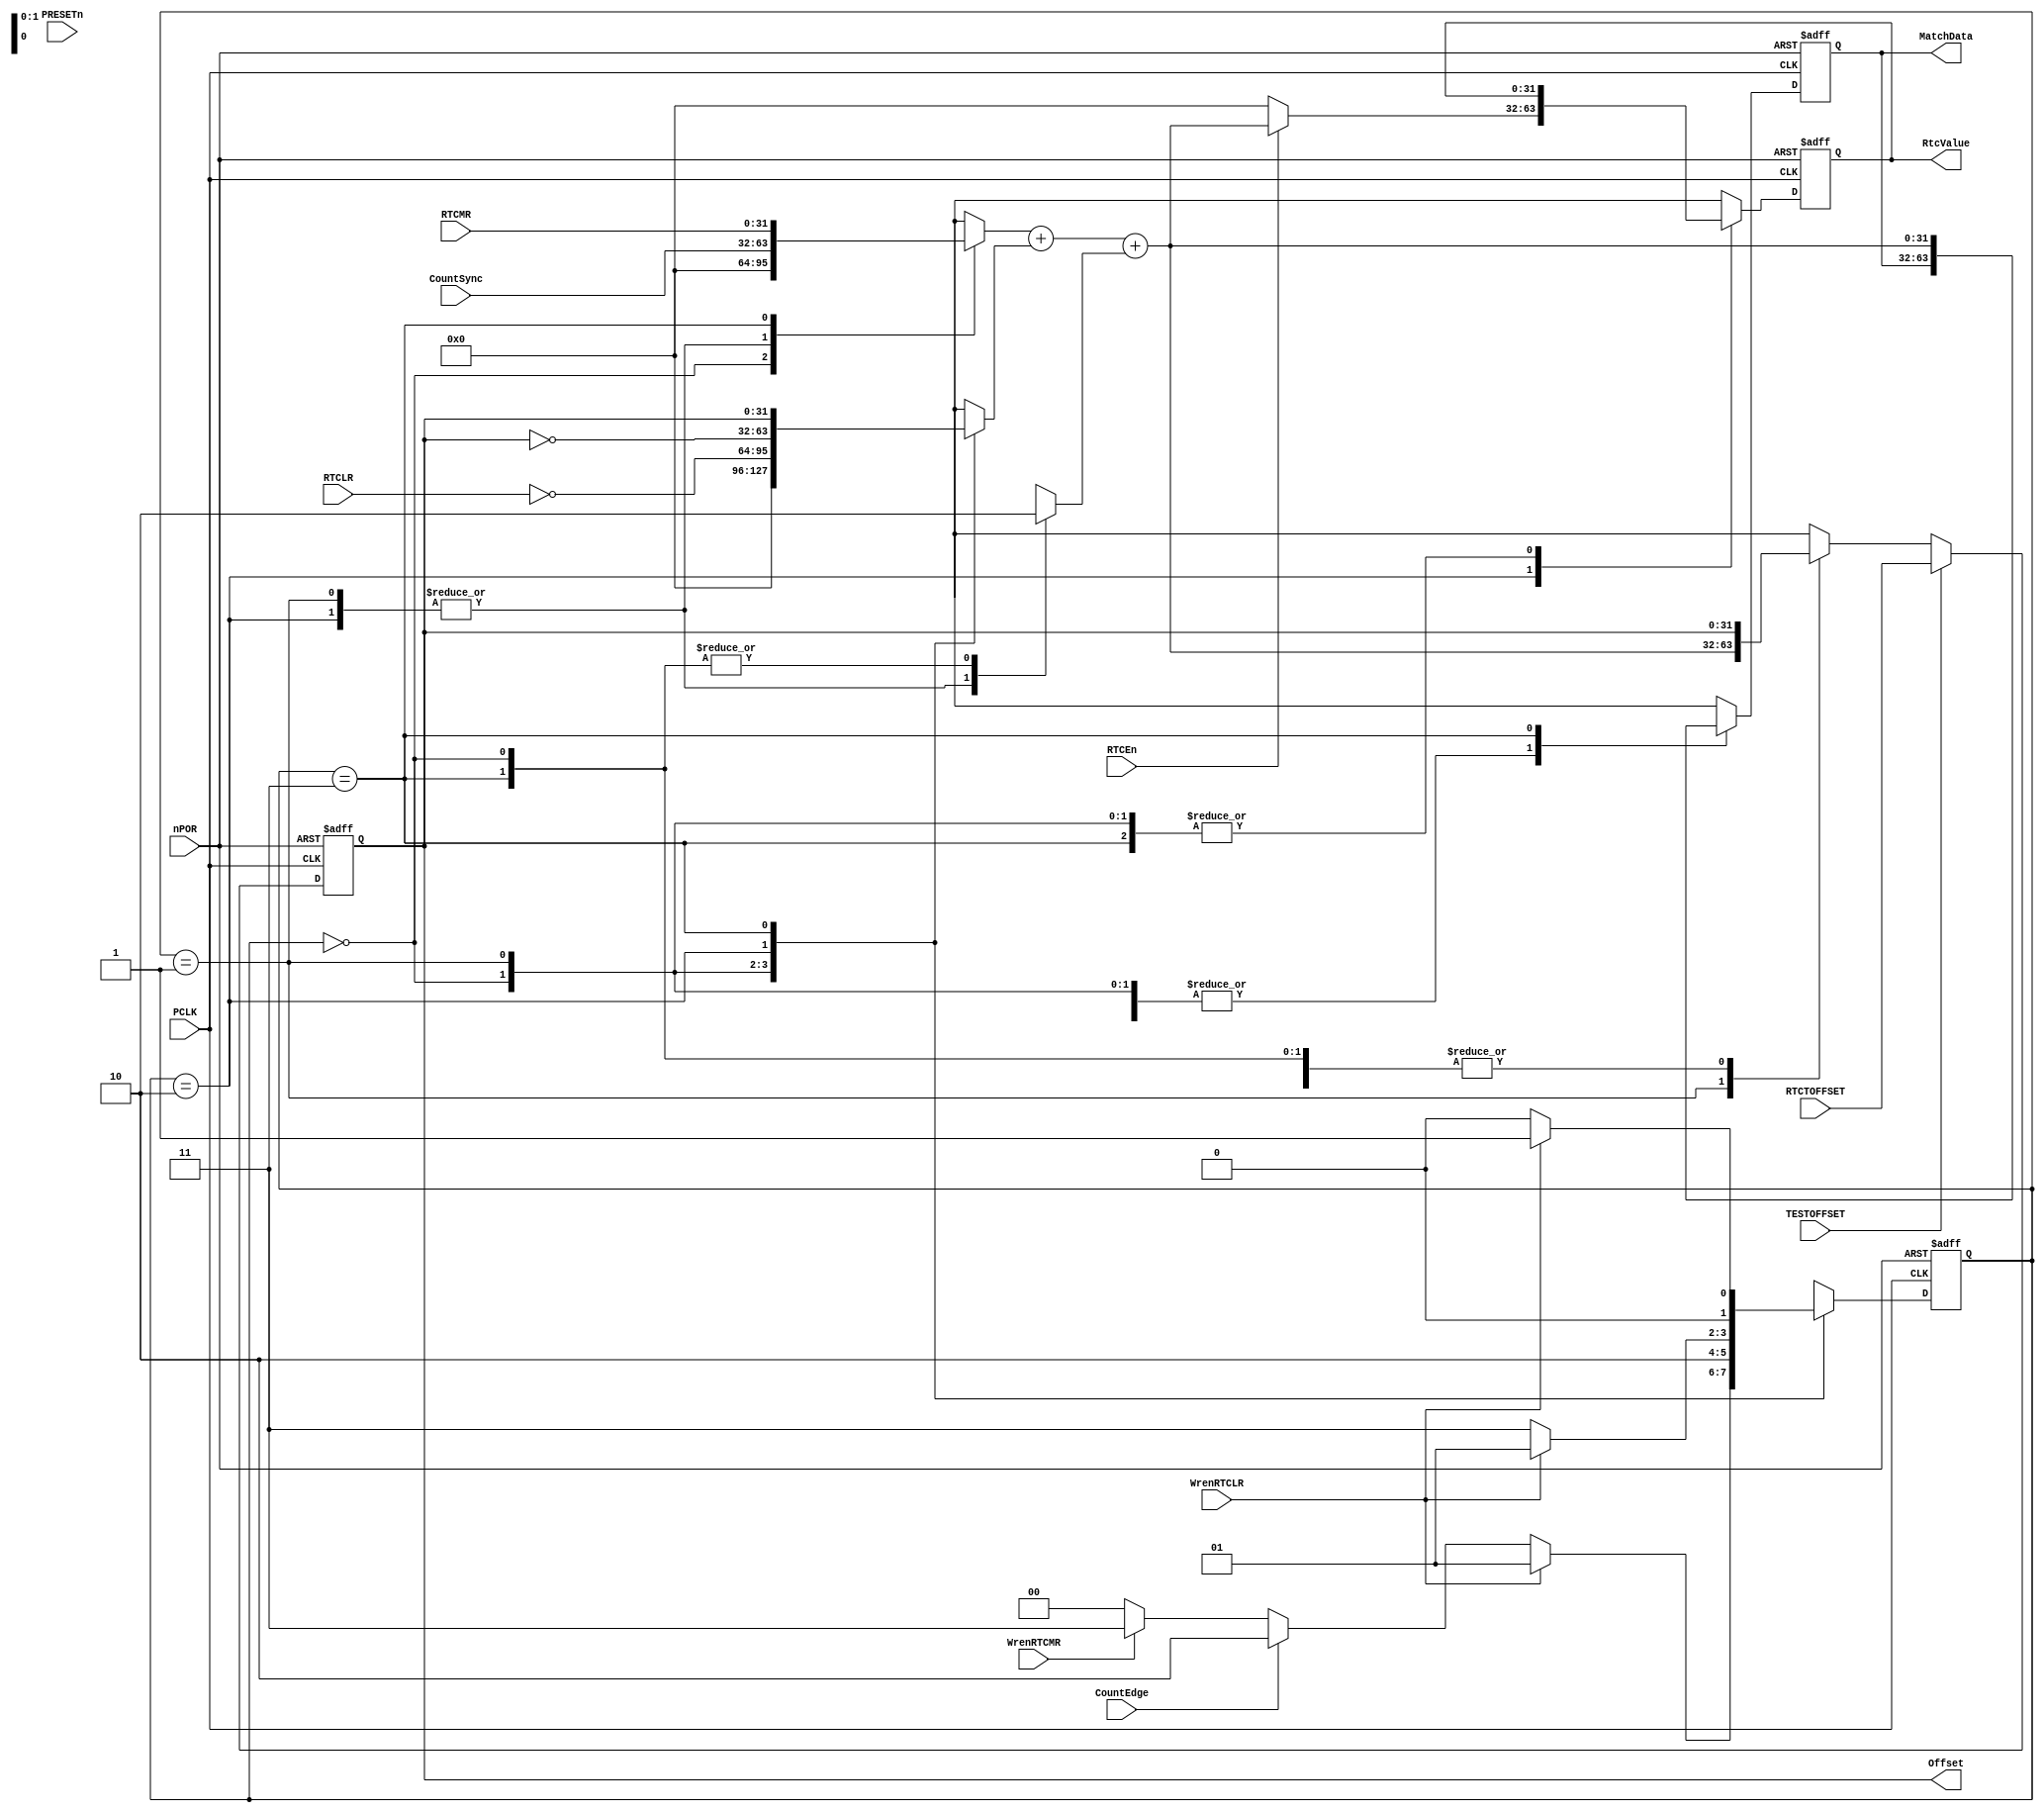
//  ----------------------------------------------------------------------------
//  This confidential and proprietary software may be used only
//  as authorised by a licensing agreement from ARM Limited
//  (C) COPYRIGHT 2001 ARM Limited
//  ALL RIGHTS RESERVED
//  The entire notice above must be reproduced on all authorised copies
//  and copies may only be made to the extent permitted by a
//  licensing agreement from ARM Limited.
//  ----------------------------------------------------------------------------
//
//  Version and Release Control Information :
//
//
//
//  File Revision       : 1.10
//
//  Release Information : PrimeCell(TM)-PL031-REL1v0
//
//------------------------------------------------------------------------------
// Purpose : This block contains the update logic for the RTC
//
//------------------------------------------------------------------------------


`timescale 1ns/1ps


module RtcUpdate (
                // Inputs
                  PCLK,
                  PRESETn,
                  nPOR,
                  CountSync,
                  RTCMR,
                  RTCLR,
                  RTCTOFFSET,
                  TESTOFFSET,
                  RTCEn,
                  WrenRTCLR,
                  WrenRTCMR,
                  CountEdge,
                // Outputs
                  RtcValue,
                  Offset,
                  MatchData
                  );


input         PCLK;           // APB clock
input         PRESETn;        // AMBA reset
input         nPOR;           // Power on reset
input  [31:0] CountSync;      // Synchronised count value
input  [31:0] RTCMR;          // RTC Match register
input  [31:0] RTCLR;          // RTC Load register
input  [31:0] RTCTOFFSET;     // RTC test offset register
input         TESTOFFSET;     // Test offset enable
input         RTCEn;          // RTC enable signal
input         WrenRTCLR;      // Write enable for RTCLR
input         WrenRTCMR;      // Write enable for RTCMR
input         CountEdge;      // Counter increment signal

output [31:0] RtcValue;       // Updated RTC value
output [31:0] Offset;         // Calculated offset value
output [31:0] MatchData;      // Equivalent match value


//------------------------------------------------------------------------------
//
//                             RtcUpdate
//                             =========
//
//------------------------------------------------------------------------------
//
// Overview
// ========
// This block performs the following functions.
//
// Generation of the equivalent match value from RTCMR
//
// Generation of the Offset value as a difference between the Count value and
// the Update value (RTCLR).
//
// Generation of the absolute RTC value as a difference between the Count value
// and the Offset value.
//
//==============================================================================

//------------------------------------------------------------------------------
// Wire Declarations
//------------------------------------------------------------------------------
reg  [ 1:0] UpdateNextState; // Next state of Update next state logic
reg  [31:0] InputA;          // A input of Adder/Subtractor
reg  [31:0] InputB;          // B input of Adder/Subtractor
reg  [31:0] Sum;             // Output of Adder/Subtractor
reg         Carry;           // Carry signal for adders

//------------------------------------------------------------------------------
// Register Declarations
//------------------------------------------------------------------------------
reg [31:0] Offset;          // Offset data register
reg [31:0] RtcValue;        // Value of the Real Time Clock (RTC)
reg [31:0] MatchData;       // Equivalent match value
reg [31:0] NextOffset;      // D-input of OffsetData
reg [31:0] NextRtcValue;    // D-input of RtcValue
reg [31:0] NextMatchData;   // D-input of MatchData
reg [ 1:0] UpdateState;     // Current state of Next State logic

//------------------------------------------------------------------------------
// State machine defines
//------------------------------------------------------------------------------
`define ST_IDLE       2'b00 // Idle state, initialisations
`define ST_OFFSET     2'b01 // Offset value calculated in this state
`define ST_RTCVALUE   2'b10 // RTC value calculated in this state
`define ST_MATCHDATA  2'b11 // Matchdata calculated in this state
//------------------------------------------------------------------------------
//
// Main Verilog code
// =================
//
//------------------------------------------------------------------------------

//------------------------------------------------------------------------------
// State Transition process
//------------------------------------------------------------------------------
// UpdateState
always@(posedge PCLK or negedge nPOR)
  begin : SeqUpdateState
    if (nPOR == 1'b0)
      UpdateState <= `ST_IDLE;
    else
      UpdateState <= UpdateNextState;
  end // SeqUpdateState

// RtcValue
always@(posedge PCLK or negedge nPOR)
  begin : SeqRtcValue
    if (nPOR == 1'b0)
      RtcValue <= 32'h00000000;
    else
      RtcValue <= NextRtcValue;
  end // SeqRtcValue

// MatchData
always@(posedge PCLK or negedge nPOR)
  begin : SeqMatchData
    if (nPOR == 1'b0)
      MatchData <= 32'h00000000;
    else
      MatchData <= NextMatchData;
  end // SeqMatchData

// Offset
always@(posedge PCLK or negedge nPOR)
  begin : SeqOffset
    if (nPOR == 1'b0)
      Offset <= 32'h00000000;
    else if (TESTOFFSET == 1'b1)
           Offset <= RTCTOFFSET;
         else
           Offset <= NextOffset;
  end // SeqOffset


// Adder
always@(InputA or InputB or Carry)
  begin : CombAdder
    Sum = InputA + InputB + Carry;
  end // CombAdder


//------------------------------------------------------------------------------
// Output and Next State Logic generation
//------------------------------------------------------------------------------
always@(UpdateState or RtcValue or Offset or MatchData or CountEdge or WrenRTCLR
        or WrenRTCMR or CountSync or RTCLR or RTCEn or Sum or RTCMR)
  begin : CombUpdateState
    // Default assignments

    UpdateNextState  = UpdateState;
    NextRtcValue     = RtcValue;
    NextOffset       = Offset;
    NextMatchData    = MatchData;
    Carry            = 1'b0;


    case (UpdateState)

      `ST_IDLE :
        // Default state
        begin
          InputA = 32'h00000000;
          InputB = 32'h00000000;
          Carry = 1'b0;
          if (WrenRTCLR == 1'b1)
            UpdateNextState = `ST_OFFSET;
          else if (CountEdge == 1'b1)
            UpdateNextState = `ST_RTCVALUE;
          else if (WrenRTCMR == 1'b1)
            UpdateNextState = `ST_MATCHDATA;
          else
            UpdateNextState = `ST_IDLE;
        end // case: 2'b00

      `ST_OFFSET :
        // New load value written to RTCLR, so  new offset value calculated
        begin
          InputA   = CountSync;
          InputB   = ~RTCLR;
          Carry    = 1'b1;
          NextOffset =  Sum;
          UpdateNextState = `ST_RTCVALUE;
        end // case: 2'b01

      `ST_RTCVALUE :
        // Update RTC value either due to an increment in the counter

        begin
          InputA  = CountSync;
          InputB  = ~Offset;
          Carry   = 1'b1;
          if (RTCEn == 1'b1)
            NextRtcValue = Sum;
          else
            NextRtcValue = 32'h00000000;

          if (WrenRTCLR == 1'b1)
            UpdateNextState = `ST_OFFSET;
          else
            UpdateNextState = `ST_MATCHDATA;
        end // case: 2'b10

      `ST_MATCHDATA :
        // Update equivalent RTC Match Register value either due to a write to
        // the RTC Match Register

        begin
          InputA         = RTCMR;
          InputB         = Offset;
          Carry          = 1'b0;
          NextMatchData  = Sum;
          if (WrenRTCLR == 1'b1)
            UpdateNextState = `ST_OFFSET;
          else
            UpdateNextState = `ST_IDLE;
        end // case: 2'b11

      default :

        UpdateNextState = `ST_IDLE;

    endcase // case(UpdateState)
  end // CombUpdateState



endmodule

//====================End of RtcRegBlk==========================================